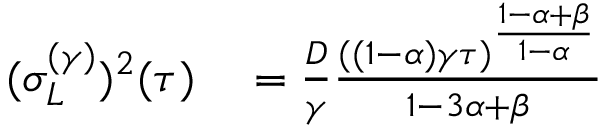
\begin{array} { r l } { ( \sigma _ { L } ^ { ( \gamma ) } ) ^ { 2 } ( \tau ) } & { { } = \frac { D } { \gamma } \frac { ( ( 1 - \alpha ) \gamma \tau ) ^ { \frac { 1 - \alpha + \beta } { 1 - \alpha } } } { 1 - 3 \alpha + \beta } } \end{array}